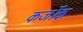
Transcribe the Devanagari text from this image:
कर्जोक